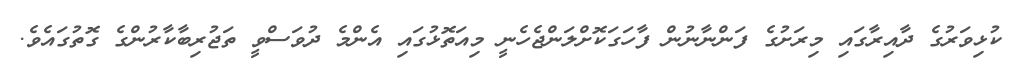
ކުޅިވަރުގެ ދާއިރާގައި މިރަށުގެ ފަންނާނުން ފާހަގަކޮށްލަންޖެހެނީ މިއަތޮޅުގައި އެންމެ ދުވަސްވީ ތަޖުރިބާކާރުންގެ ގޮތުގައެވެ.